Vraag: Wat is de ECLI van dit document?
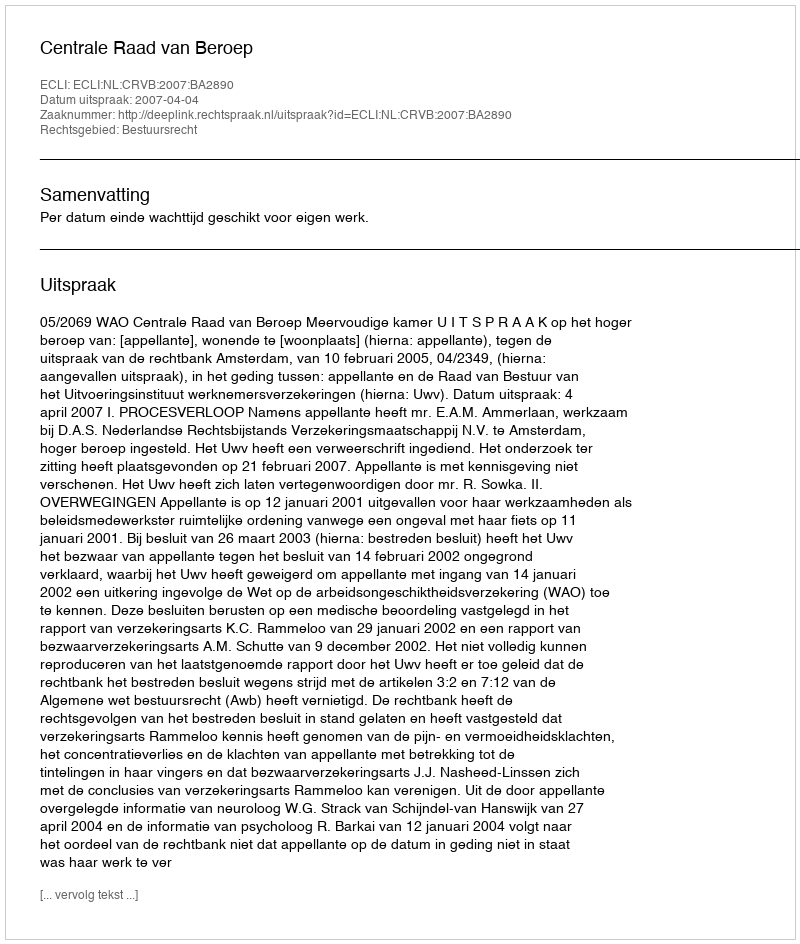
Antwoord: ECLI:NL:CRVB:2007:BA2890